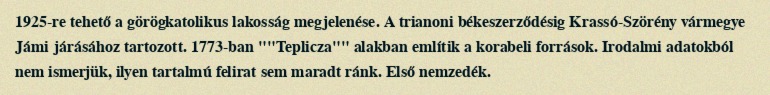
1925-re tehető a görögkatolikus lakosság megjelenése. A trianoni békeszerződésig Krassó-Szörény vármegye Jámi járásához tartozott. 1773-ban ""Teplicza"" alakban említik a korabeli források. Irodalmi adatokból nem ismerjük, ilyen tartalmú felirat sem maradt ránk. Első nemzedék.